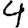
Digit: 4